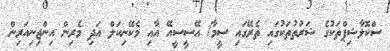
ސްކޮލާޝިޕްތަކުގެ ޝަރުތުތަކުގައި ތެރޭގައި ސީމާ/ އޭސީސީއޭ އާއި މެކޭނިކަލް އަދި މެރިން އިންޖިނިއަރިން